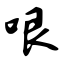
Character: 哏